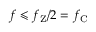
f \leqslant f _ { \mathrm { Z } } / 2 = f _ { \mathrm { C } }